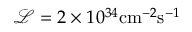
\mathcal { L } = 2 \times 1 0 ^ { 3 4 } \mathrm { c m } ^ { - 2 } \mathrm { s } ^ { - 1 }